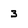
Character: 3